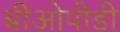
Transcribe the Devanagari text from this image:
बीओपीडी